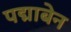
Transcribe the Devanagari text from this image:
पद्माबेन